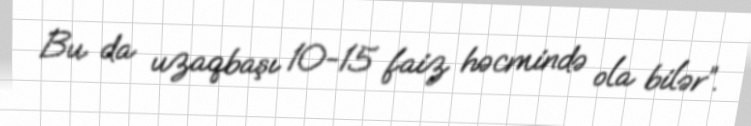
Bu da uzaqbaşı 10-15 faiz həcmində ola bilər”.